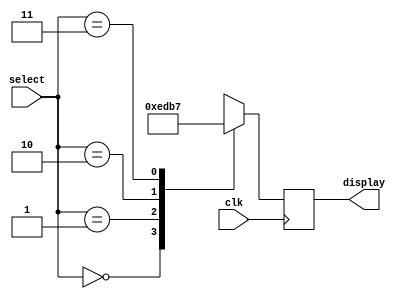
/*
Author: Spence Johnston
Module: mux control decoder
Purpose: controlls muxed inputs for CL341AH
*/

module mux_control_decode (
	input clk,
	input [1:0] select,
	output reg [3:0] display
);

always @ ( posedge clk )
begin
	case ( select )
		2'b00:
			display = 4'b1110;
		2'b01:
			display = 4'b1101;
		2'b10:
			display = 4'b1011;
		2'b11:
			display = 4'b0111;
	endcase
end

endmodule